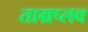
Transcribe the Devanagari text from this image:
ताम्रप्लव